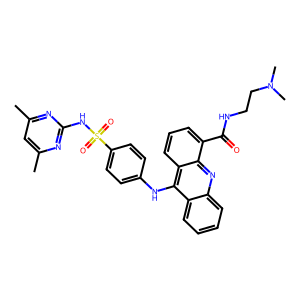
SMILES: Cc1cc(C)nc(NS(=O)(=O)c2ccc(Nc3c4ccccc4nc4c(C(=O)NCCN(C)C)cccc34)cc2)n1
Inhibits HIV replication: No